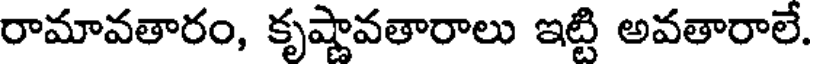
రామావతారం, కృష్ణావతారాలు ఇట్టి అవతారాలే.